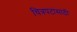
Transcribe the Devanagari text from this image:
चित्रपटांसांठी